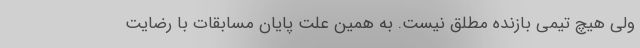
ولی هیچ تیمی بازنده مطلق نیست. به همین علت پایان مسابقات با رضایت